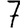
Digit: 7